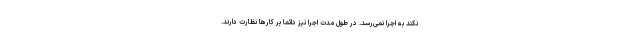
نکند به اجرا نمی‌رسد. در طول مدت اجرا نیز دائما بر کارها نظارت دارند.